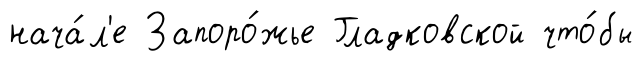
нача́л'е Запоро́жье Гладковской что́бы